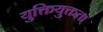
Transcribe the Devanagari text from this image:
युक्तियुक्तता